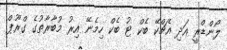
ލޯންޑްރީ އަދި އެޗްކޭ ބެކް ޓު ބެކް ހިމެނޭ އިރު މުބާރާތުގެ ގްރޫޕް